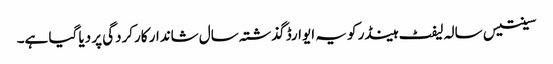
سینتیس سالہ لیفٹ ہینڈر کو یہ ایوارڈ گذشتہ سال شاندار کارکردگی پر دیا گیا ہے۔